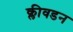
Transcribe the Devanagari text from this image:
क्लीवडन